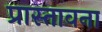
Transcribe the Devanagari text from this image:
प्रास्तावना